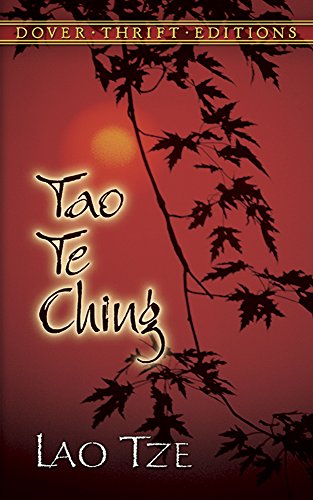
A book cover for Tao Te Ching (Dover Thrift Editions); Lao Tze; Religion & Spirituality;